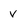
Character: V